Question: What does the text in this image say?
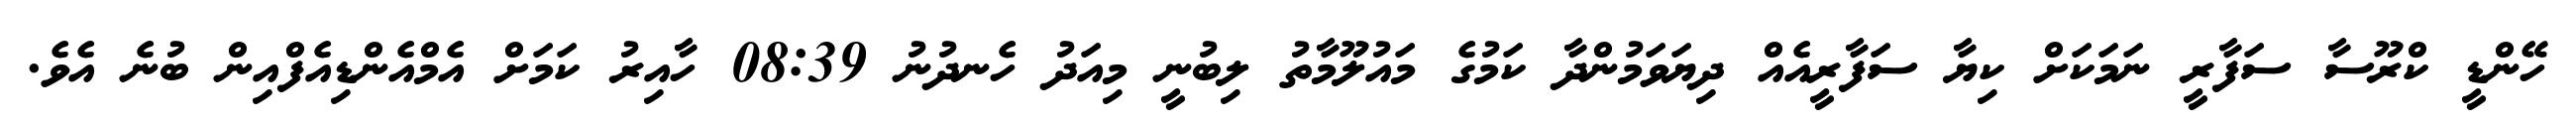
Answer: ހޭންޑީ ކްރޫސާ ސަފާރީ ނަމަކަށް ކިޔާ ސަފާރީއެއް ދިޔަވަމުންދާ ކަމުގެ މައުލޫމާތު ލިބުނީ މިއަދު ހެނދުނު 08:39 ހާއިރު ކަމަށް އެމްއެންޑިއެފްއިން ބުނެ އެވެ.